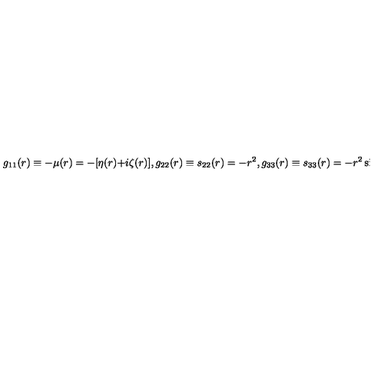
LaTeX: g _ { 1 1 } ( r ) \equiv - \mu ( r ) = - [ \eta ( r ) + i \zeta ( r ) ] , g _ { 2 2 } ( r ) \equiv s _ { 2 2 } ( r ) = - r ^ { 2 } , g _ { 3 3 } ( r ) \equiv s _ { 3 3 } ( r ) = - r ^ { 2 } \sin ^ { 2 } \theta , g _ { 0 0 } ( r ) \equiv \gamma ( r ) = \alpha ( r ) + i \beta ( r ) .